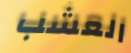
العشب